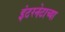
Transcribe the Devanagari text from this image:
इंटरनेटाच्या